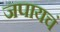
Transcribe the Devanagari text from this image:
जपायचं